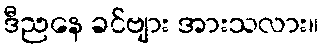
ဒီညနေ ခင်ဗျား အားသလား။